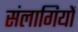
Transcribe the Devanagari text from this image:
संलागियों